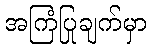
အကြံပြုချက်မှာ